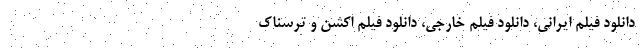
دانلود فیلم ایرانی، دانلود فیلم خارجی، دانلود فیلم اکشن و ترسناک